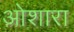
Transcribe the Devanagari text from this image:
ओशारा